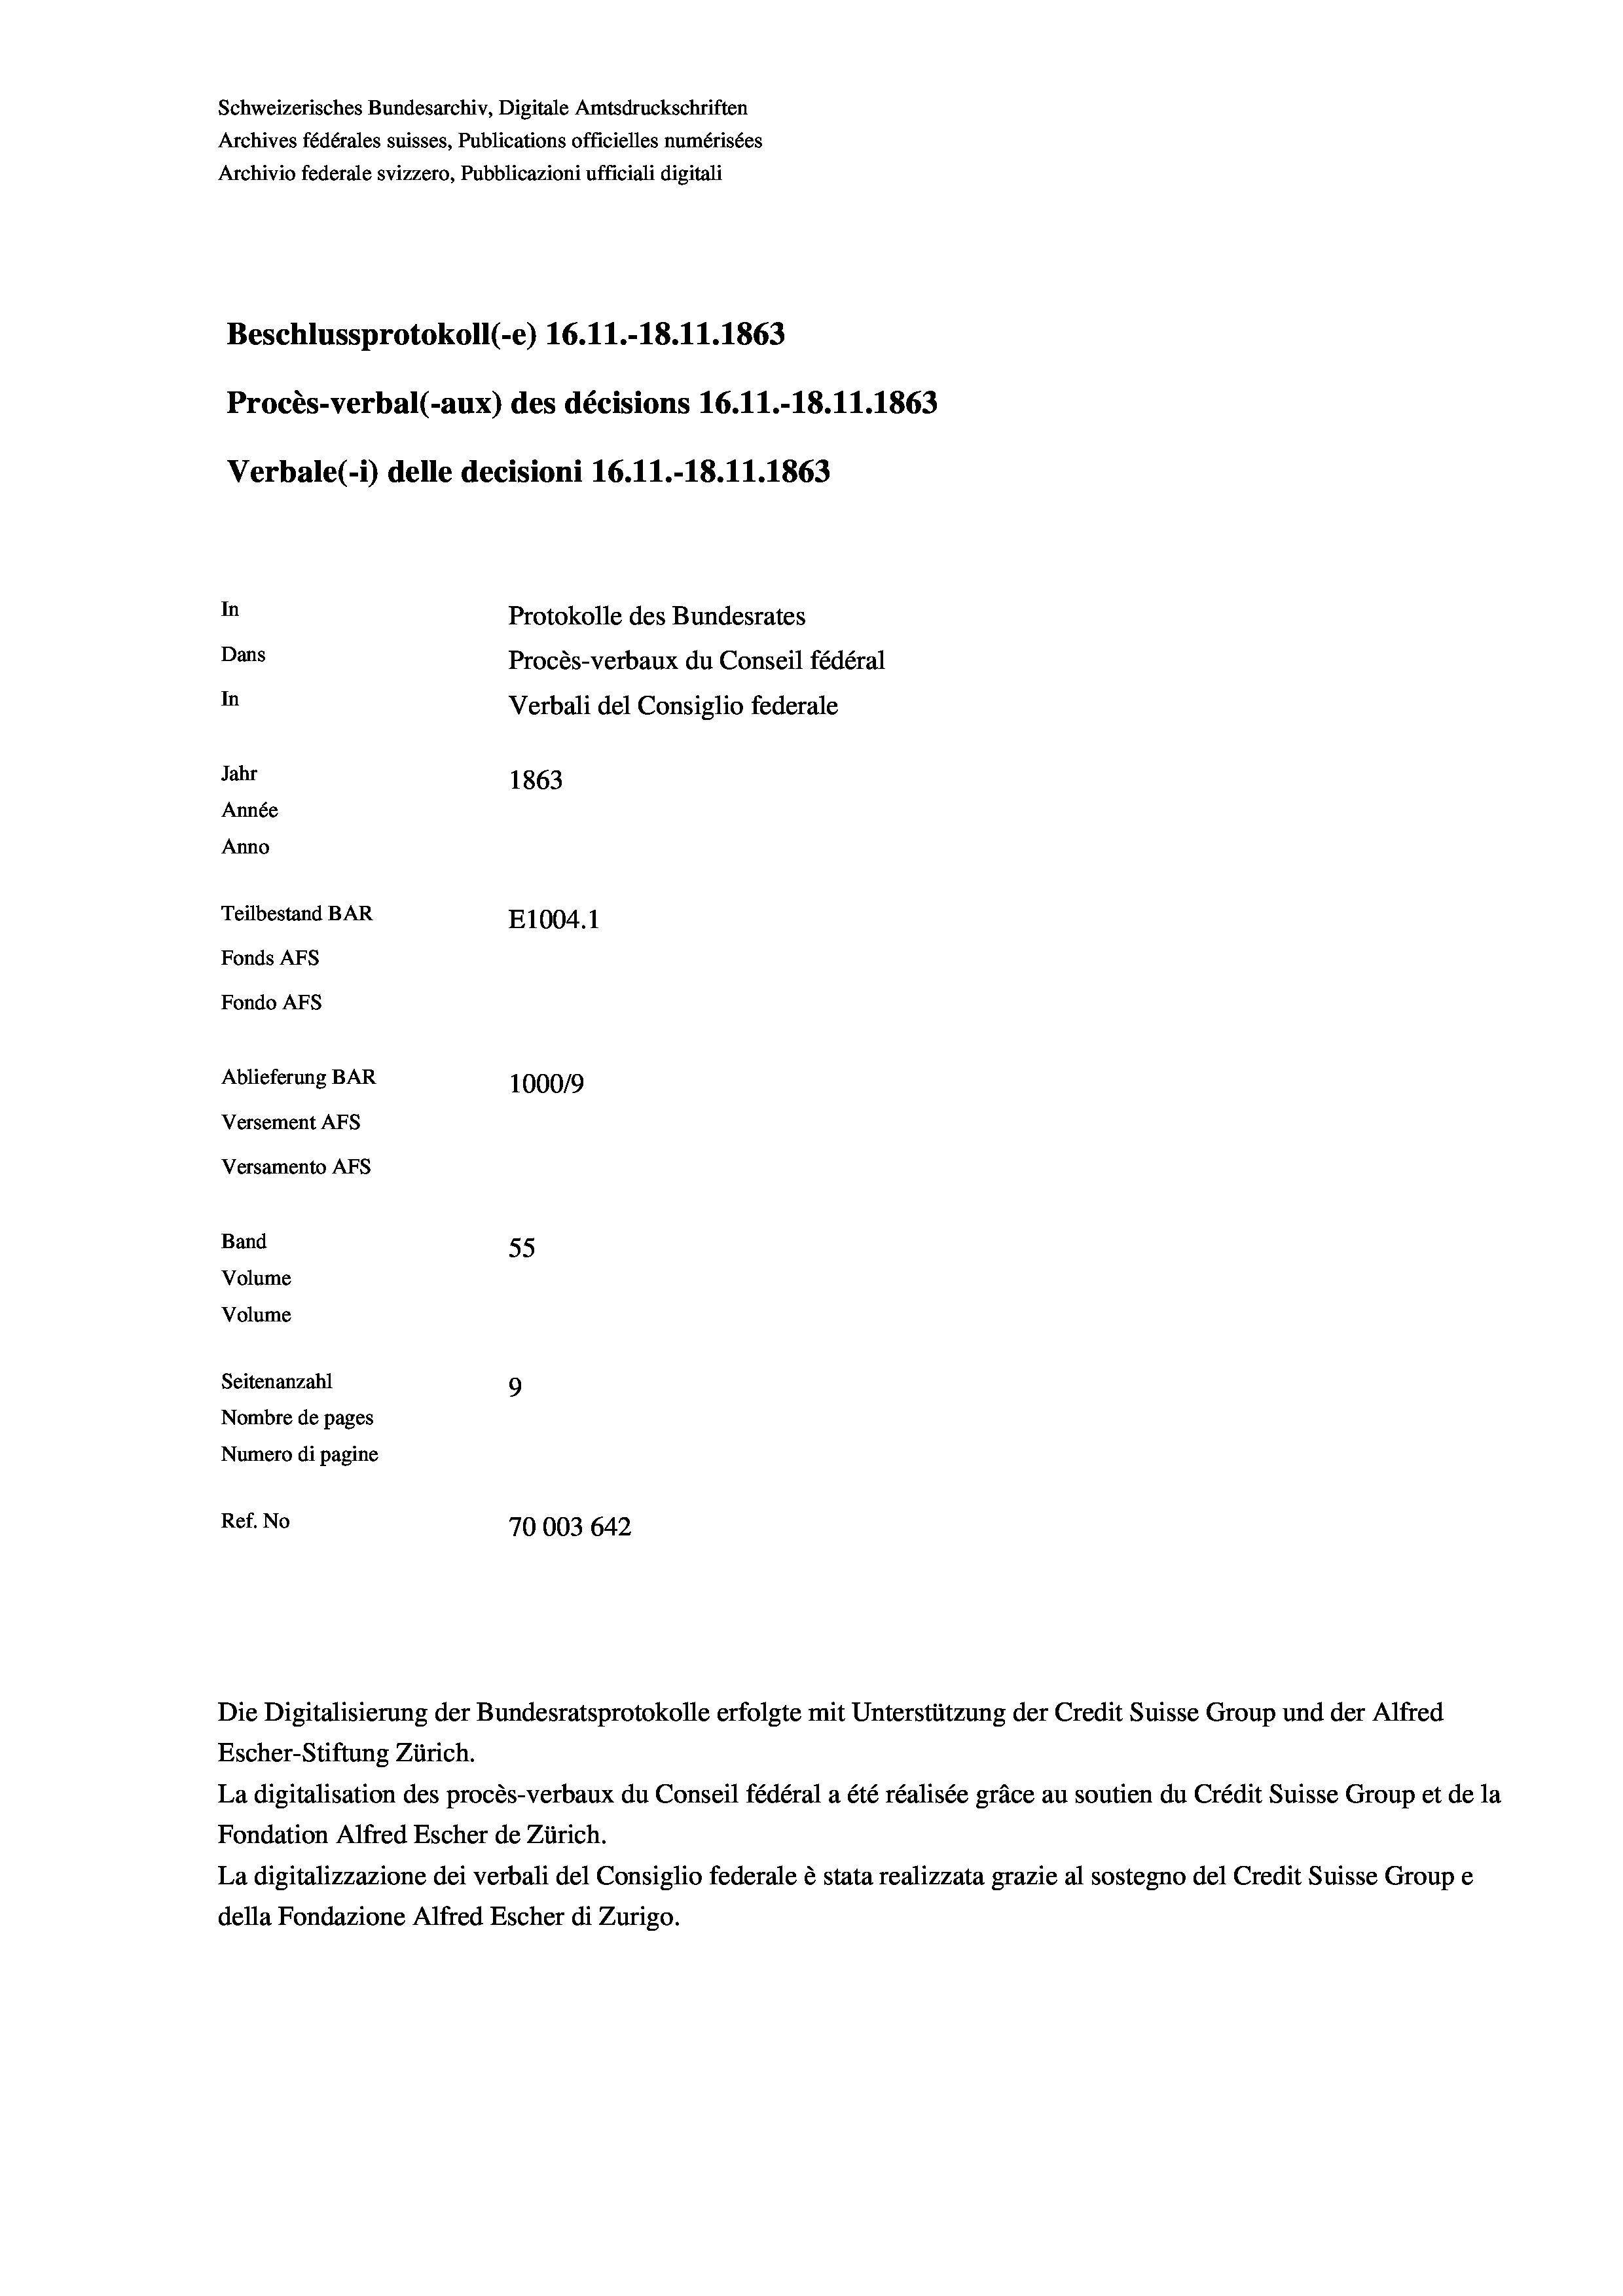
Schweizerisches Bundesarchiv, Digitale Amtsdruckschriften
Archives fédérales suisses, Publications officielles numérisées
Archivio federale svizzero, Pubblicazioni ufficiali digitali
Beschlussprotokoll (-e) 16.11.-18.11.1863
Procès-verbal (-aux) des décisions 16.11.-18.11.1863
Verbale(-*) delle decisioni 16.11.-18.11.1863
In
Protokolle des Bundesrates
Dans
Procès-verbaux du Conseil fédéral
In
Verbali del Consiglio federale
Jahr
1863
Année
Anno
Teilbestand BAR
E1004.1
Fonds AFs
Fondo AFs
Ablieferung BAR
100019
Versement As
Versamento AFs
Band
55
Volume
Volume

Seitenanzahl
9
Nombre de pages
Numero di pagine
Ref. No
70003 642

Escher-Stiftung Zürich.
La digitalisation des procès-verbaux du Conseil fédéral a été réalisée gräce au soutien du Crédit Suisse Group et de la
Fondation Alfred Escher de Zürich.
La digitalizzazione dei verbali del Consiglio federale è stata realizzata grazie al sostegno del Credit Suisse Groupe
della Fondazione Alfred Escher di Zurigo.

Die Digitalisierung der Bundesratsprotokolle erfolgte mit Unterstützung der Credit Suisse Group und der Alfred